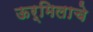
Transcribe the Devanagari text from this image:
ऊर्मिलाचे